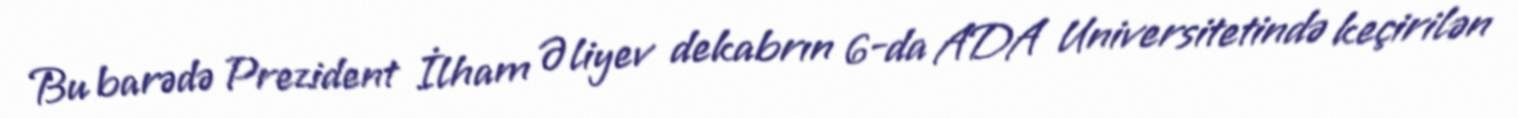
Bu barədə Prezident İlham Əliyev dekabrın 6-da ADA Universitetində keçirilən